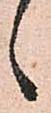
候